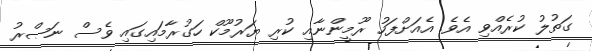
ގަތުލު ކުރެއްވި އެވެ. އެއަށްފަހު ރޫމީންނާއި ކުރި ޔަރުމޫކް ހަގުރާމައިގައި ވެސް ނަޞްރު